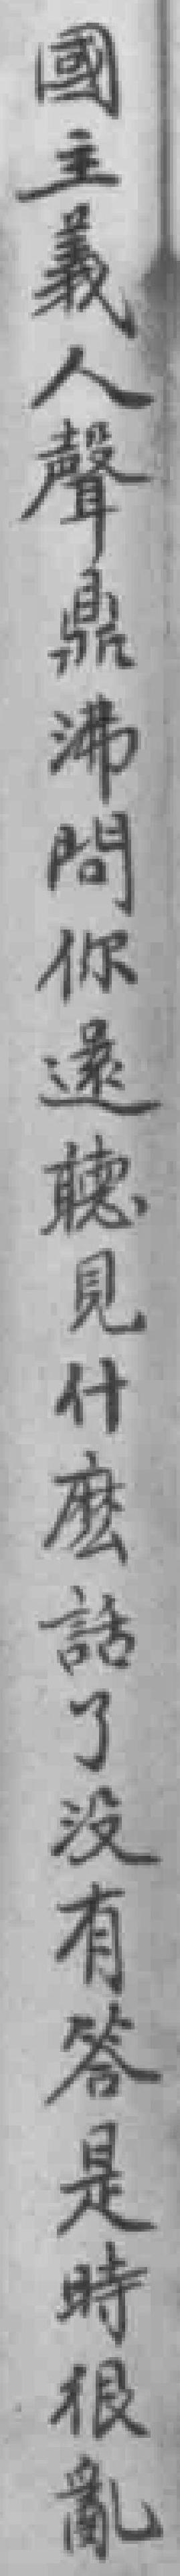
國主義人聲鼎沸問你還聽見什麽話了沒有答是時很亂